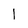
Character: l